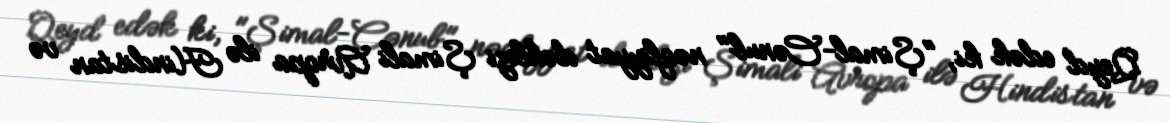
Qeyd edək ki, "Şimal-Cənub" nəqliyyat dəhlizi Şimali Avropa ilə Hindistan və